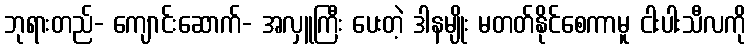
ဘုရားတည်- ကျောင်းဆောက်- အလှူကြီး ပေးတဲ့ ဒါနမျိုး မတတ်နိုင်စေကာမူ ငါးပါးသီလကို